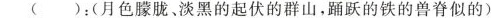
()：(月色朦胧、淡黑的起伏的群山，踊跃的铁的兽脊似的)